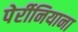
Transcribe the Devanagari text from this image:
पेर्रीनियाना